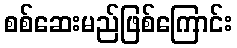
စစ်ဆေးမည်ဖြစ်ကြောင်း